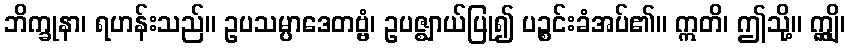
ဘိက္ခုနာ၊ ရဟန်းသည်။ ဥပသမ္ပာဒေတဗ္ဗံ၊ ဥပဇ္ဈာယ်ပြု၍ ပဉ္စင်းခံအပ်၏။ ဣတိ၊ ဤသို့။ ဣျွှိ၊